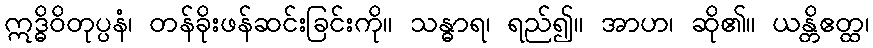
ဣဒ္ဓိဝိတုပ္ပနံ၊ တန်ခိုးဖန်ဆင်းခြင်းကို။ သန္ဓာရ၊ ရည်၍။ အာဟ၊ ဆို၏။ ယန္တိဧတ္ထ၊